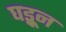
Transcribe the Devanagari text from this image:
घड्वून